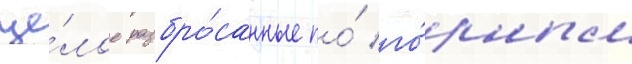
це́лое разбро́санные по́ го́рным